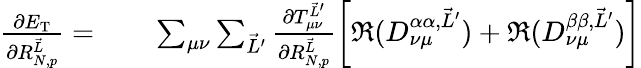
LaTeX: \begin{array}{rl}{\frac{\partial E_{\textrm{T}}}{\partial R_{N,p}^{\vec{L}}}=}&{{}\phantom{-}~\sum_{\mu\nu}\sum_{\vec{L}^{\prime}}\frac{\partial T_{\mu\nu}^{\vec{L}^{\prime}}}{\partial R_{N,p}^{\vec{L}}}\left[\Re(D_{\nu\mu}^{\alpha\alpha,\vec{L}^{\prime}})+\Re(D_{\nu\mu}^{\beta\beta,\vec{L}^{\prime}})\right]}\end{array}